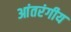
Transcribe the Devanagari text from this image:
आंतरंगीय